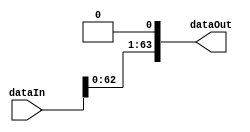
module shiftLeft(    input [63:0] dataIn,
                        output  [63:0] dataOut);

	  assign dataOut[0] = 0;
	  assign dataOut[63:1] = dataIn[62:0];
    
endmodule